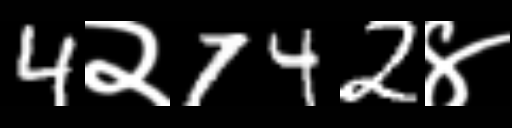
Text: 4२742४